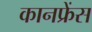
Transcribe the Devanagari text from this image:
कानफ्रेंस